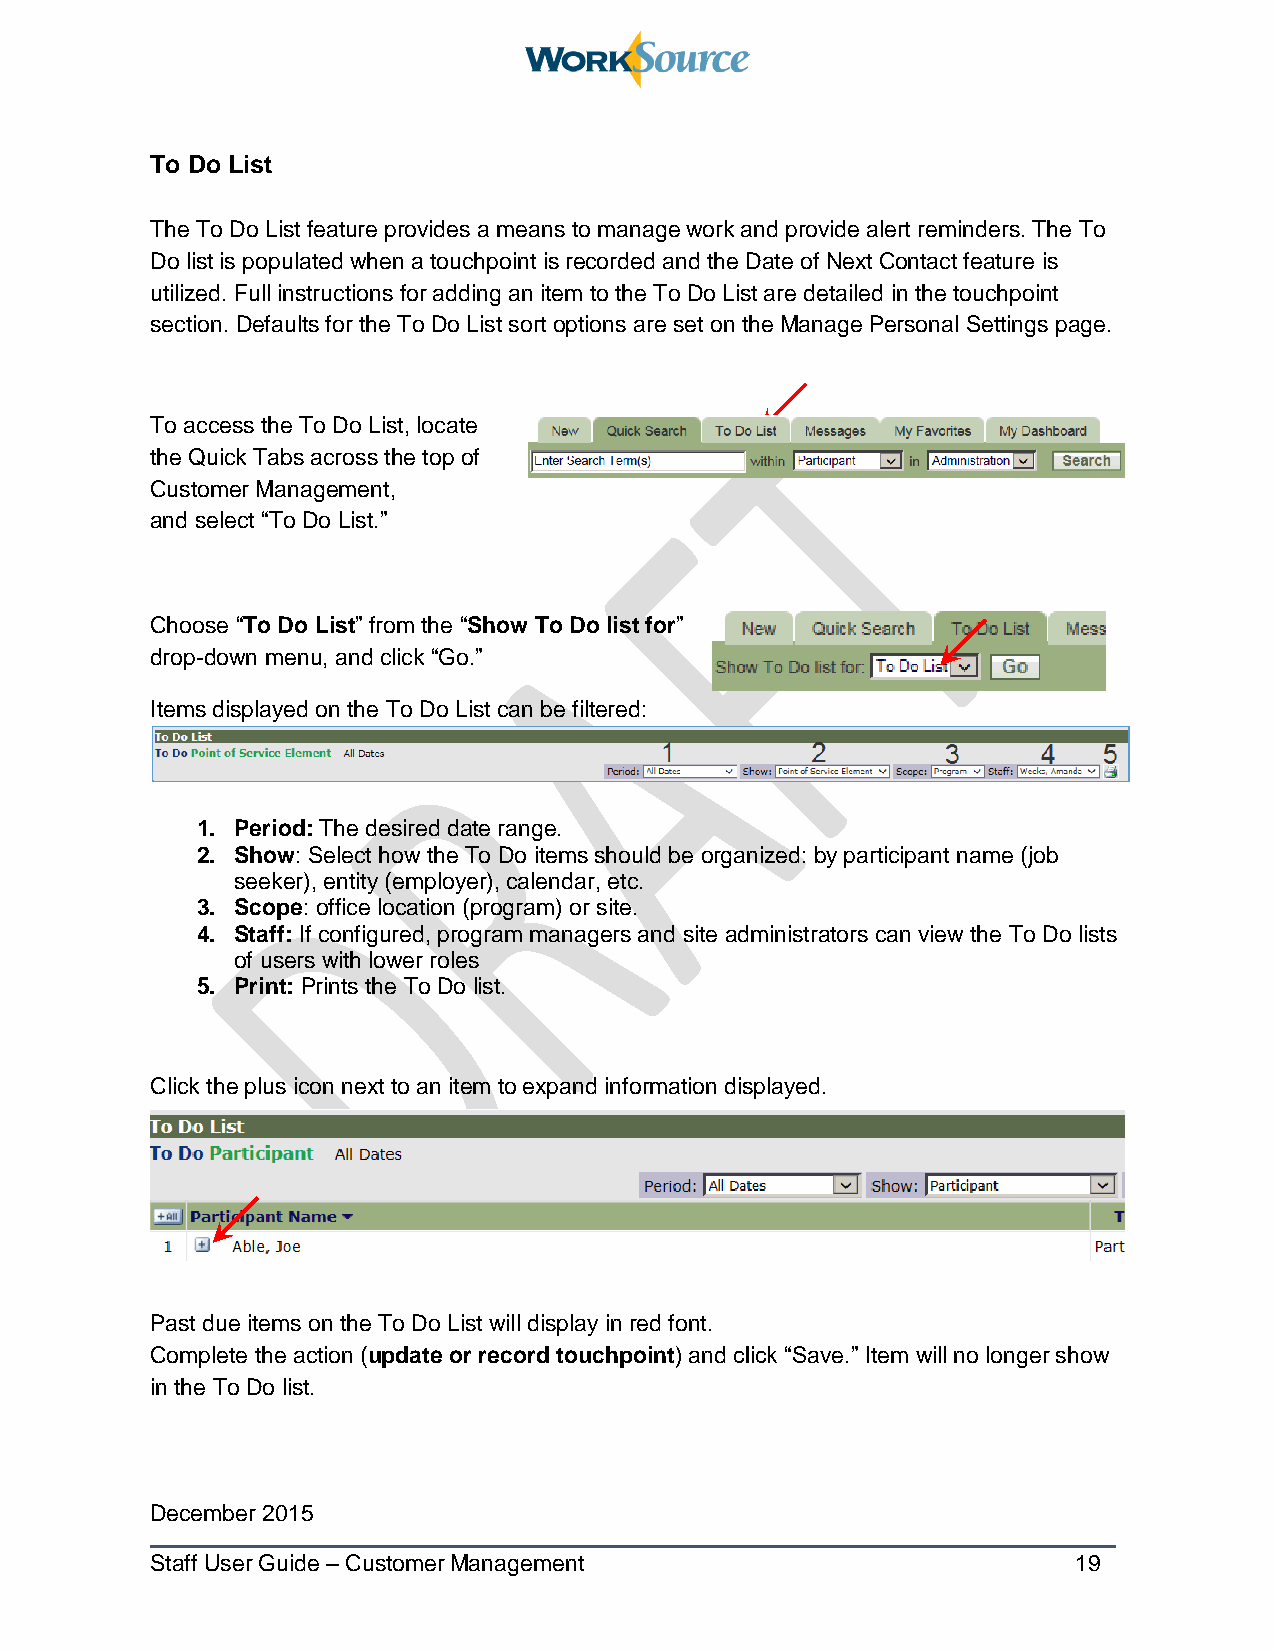
To Do List
 The To Do List feature provides a means to manage work and provide alert reminders. The To
 Do list is populated when a touchpoint is recorded and the Date of Next Contact feature is
 utilized. Full instructions for adding an item to the To Do List are detailed in the touchpoint
 section. Defaults for the To Do List sort options are set on the Manage Personal Settings page.
 To access the To Do List, locate
 the Quick Tabs across the top of
 Customer Management,
 and select “To Do List.”
 Choose “To Do List” from the “Show To Do list for”
 drop-down menu, and click “Go.”
 Items displayed on the To Do List can be filtered:
 1. Period: The desired date range.
 2. Show: Select how the To Do items should be organized: by participant name (job
 seeker), entity (employer), calendar, etc.
 3. Scope: office location (program) or site.
 4. Staff: If configured, program managers and site administrators can view the To Do lists
 of users with lower roles
 5. Print: Prints the To Do list.
 Click the plus icon next to an item to expand information displayed.
 Past due items on the To Do List will display in red font.
 Complete the action (update or record touchpoint) and click “Save.” Item will no longer show
 in the To Do list.
 December 2015
 Staff User Guide – Customer Management                       19